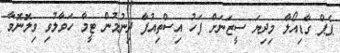
ޕެޕް ގާޑިއޯލާ މިދިޔަ ސީޒަނަށް ފަހު އިސްތިއުފާ ދިނުމުން ޓީމާ ހަވާލުވި ވިލޮނޮވާ